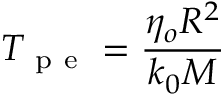
T _ { \mathrm { ~ p ~ e ~ } } = \frac { \eta _ { o } R ^ { 2 } } { k _ { 0 } M }